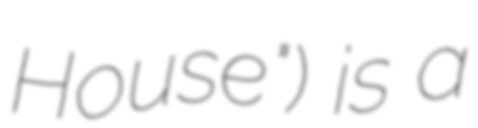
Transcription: House") is a